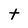
Character: t